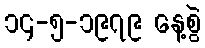
၁၄-၅-၁၉၇၉ နေ့စွဲ